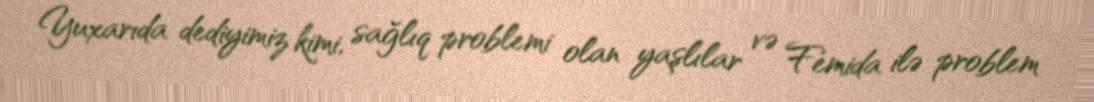
Yuxarıda dediyimiz kimi, sağlıq problemi olan yaşlılar və Femida ilə problem